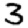
Digit: 3